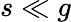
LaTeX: s\ll g